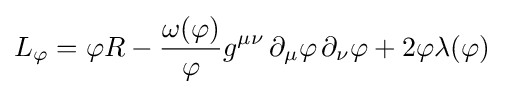
L_{\varphi }=\varphi R-{\omega (\varphi ) \over \varphi }g^{\mu \nu }\,\partial _{\mu }\varphi \,\partial _{\nu }\varphi +2\varphi \lambda (\varphi )\;